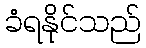
ခံရနိုင်သည်